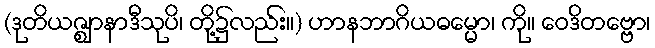
(ဒုတိယဇ္ဈာနာဒီသုပိ၊ တို့၌လည်း။) ဟာနဘာဂိယဓမ္မော၊ ကို။ ဝေဒိတဗ္ဗော၊